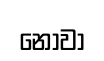
නෝවා